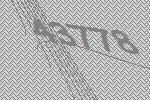
43778